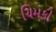
ચિમકી